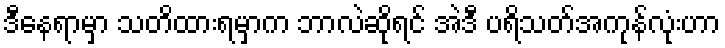
ဒီနေရာမှာ သတိထားရမှာက ဘာလဲဆိုရင် အဲဒီ ပရိသတ်အကုန်လုံးဟာ